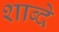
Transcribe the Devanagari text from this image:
शाब्दे